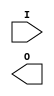
/* 
 Note: In Synplify, set blackbox attribute for ROCBUF as follows: 
module ROCBUF (I, O); //synthesis syn_black_box 
input I; 
output O; 
endmodule  
*/ 
module rocbuf_example (reset, clk, d0, d1, q0, q1) 
 ; 
input reset; 
input clk ; 
input d0; 
input d1; 
output q0 ; 
output q1 ; 
reg q0, q1; 
wire reset_int; 
ROCBUF u1 (.I(reset), .O(reset_int)); 
always @ (posedge clk or posedge reset_int) begin 
  if  (reset_int) begin 
    q0 = 1'b0; 
    q1 = 1'b1; 
    end 
  else 
    begin 
    q0 = d0; 
    q1 = d1; 
    end 
  end 
endmodule  
module ROCBUF (I, O);  
input I; 
output O; 
endmodule